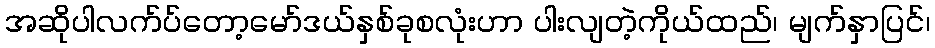
အဆိုပါလက်ပ်တော့မော်ဒယ်နှစ်ခုစလုံးဟာ ပါးလျတဲ့ကိုယ်ထည်၊ မျက်နှာပြင်၊